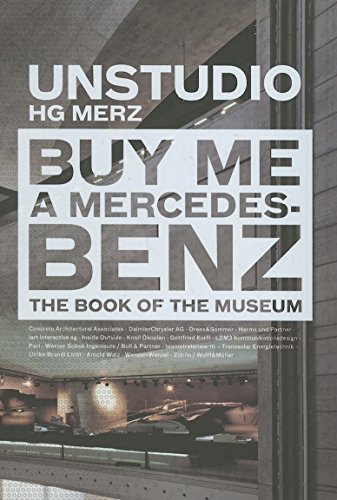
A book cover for Buy Me a Mercedes-Benz: The Book of the Museum; UN Studio; Engineering & Transportation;